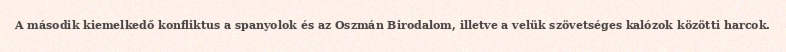
A második kiemelkedő konfliktus a spanyolok és az Oszmán Birodalom, illetve a velük szövetséges kalózok közötti harcok.